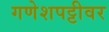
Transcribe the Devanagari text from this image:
गणेशपट्टीवर